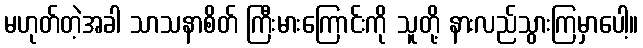
မဟုတ်တဲ့အခါ သာသနာစိတ် ကြီးမားကြောင်းကို သူတို့ နားလည်သွားကြမှာပေါ့။